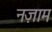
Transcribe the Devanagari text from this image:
नज़ाम